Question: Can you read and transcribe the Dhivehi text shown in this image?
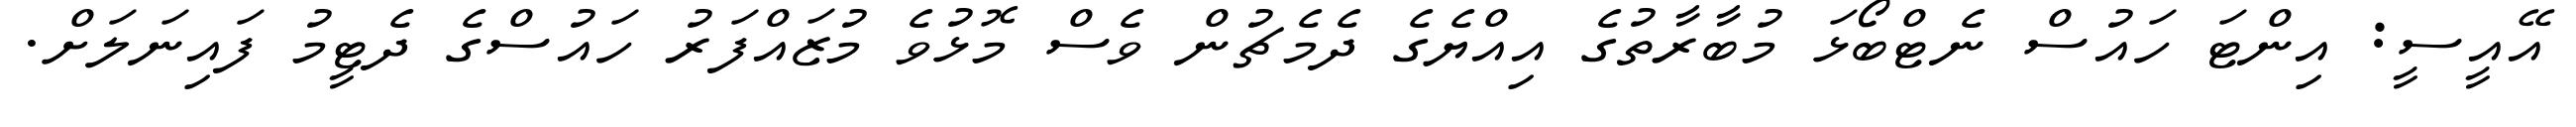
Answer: އޭއީސީ: އިންޓަ ހައުސް ނެޓްބޯޅަ މުބާރާތުގެ އިއްޔެގެ ދެމެޗުން ވެސް މޮޅުވެ މުޒައްފަރު ހައުސްގެ ދެޓީމު ފައިނަލަށް.